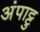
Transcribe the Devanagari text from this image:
अंपाट्टु